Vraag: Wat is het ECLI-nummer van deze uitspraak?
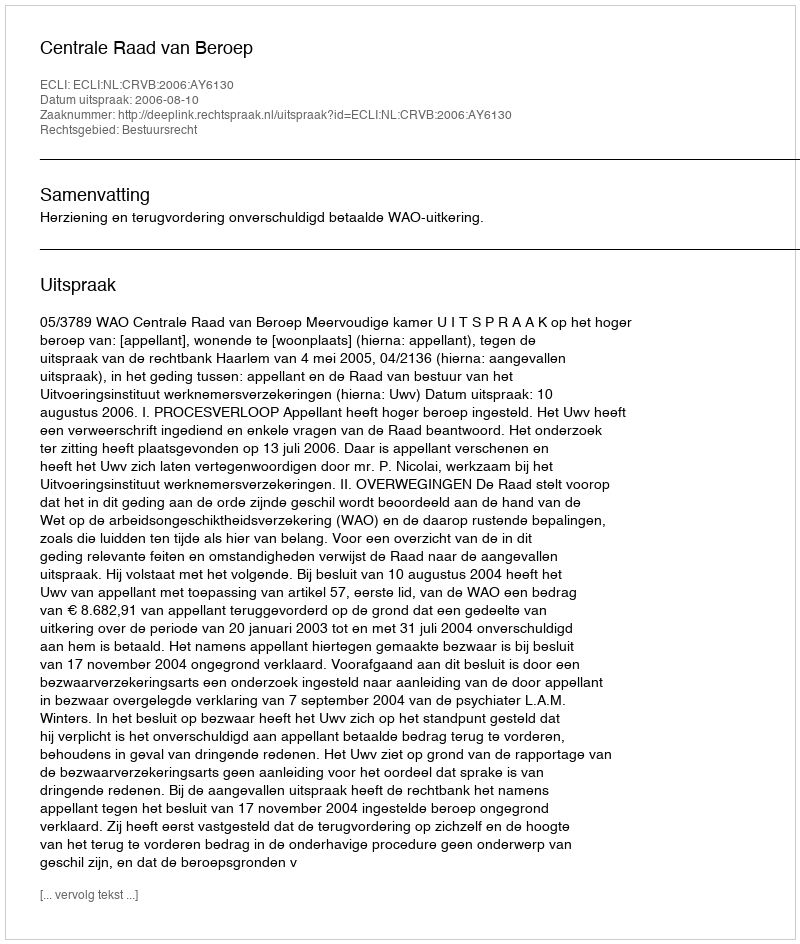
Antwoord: ECLI:NL:CRVB:2006:AY6130